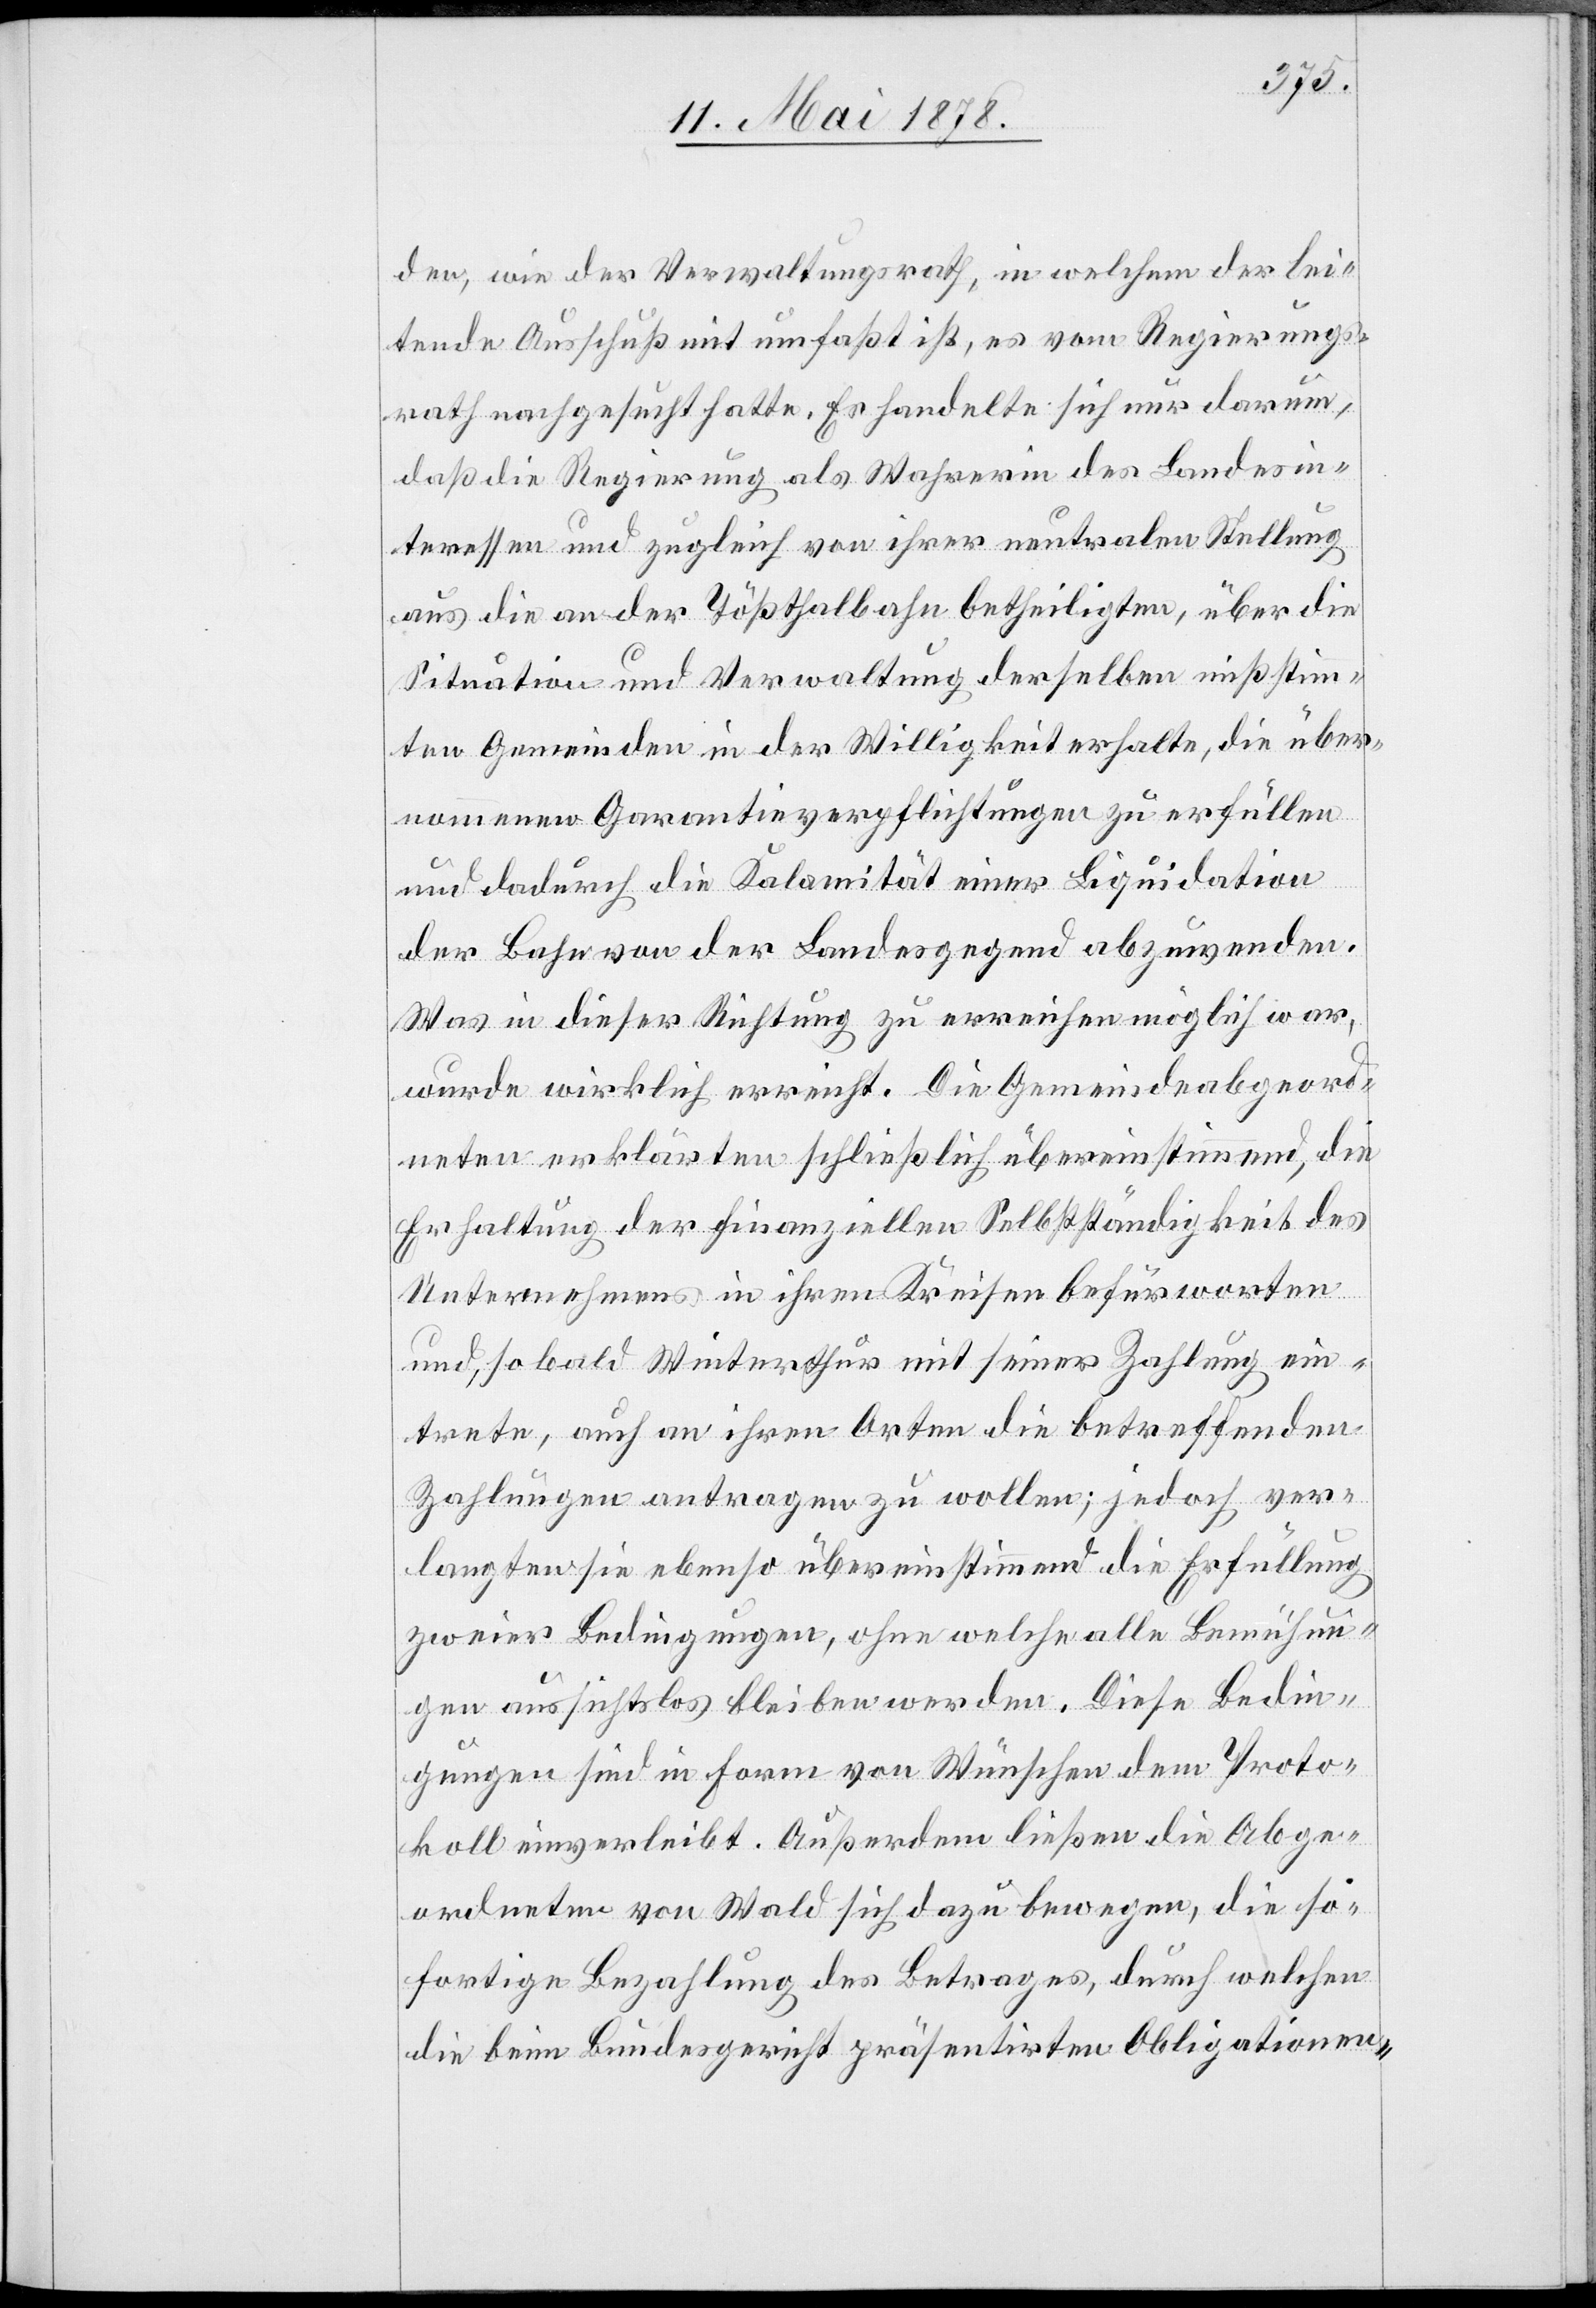
den, wie der Verwaltungsrath, in welchem der lei¬
tende Ausschuß mit umfaßt ist, es vom Regierungs¬
rath nachgesucht hatte. Es handelte sich nur darum,
daß die Regierung als Wahrerin der Landesin¬
teressen und zugleich von ihrer neutralen Stellung
aus die an der Tößthalbahn betheiligten, über die
Situation und Verwaltung derselben mißstimm¬
ten Gemeinden in der Willigkeit erhalte, die über¬
nommenen Garantieverpflichtungen zu erfüllen
und dadurch die Kalamität einer Liquidation
der Bahn von der Landesgegend abzuwenden.
Was in dieser Richtung zu erreichen möglich war,
wurde wirklich erreicht. Die Gemeindeabgeord¬
neten erklärten schließlich übereinstimmend, die
Erhaltung der finanziellen Selbstständigkeit des
Unternehmens in ihren Kreisen befürworten
und, so bald Winterthur mit seiner Zahlung ein¬
trete, auch an ihren Orten die betreffenden
Zahlungen antragen zu wollen; jedoch ver¬
langten sie ebenso übereinstimmend die Erfüllung
zweier Bedingungen, ohne welche alle Bemühun¬
gen aussichtslos bleiben werden. Diese Bedin¬
gungen sind in Form von Wünschen dem Proto¬
kolll einverleibt. Außerdem ließen die Abge¬
ordneten von Wald sich dazu bewegen, die so¬
fortige Bezahlung des Betrages, durch welchen
die beim Bundesgericht präsentirten Obligationen-